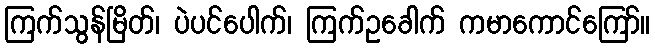
ကြက်သွန်မြိတ်၊ ပဲပင်ပေါက်၊ ကြက်ဥခေါက် ကမာကောင်ကြော်။